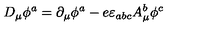
D _ { \mu } \phi ^ { a } = \partial _ { \mu } \phi ^ { a } - e \varepsilon _ { a b c } A _ { \mu } ^ { b } \phi ^ { c }